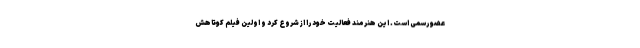
عضو رسمی است. این هنرمند فعالیت خود را از شروع کرد و اولین فیلم کوتاهش